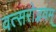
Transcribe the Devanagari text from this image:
वत्सरोद्भवम्